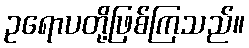
ဥရောပတို့ဖြစ်ကြသည်။